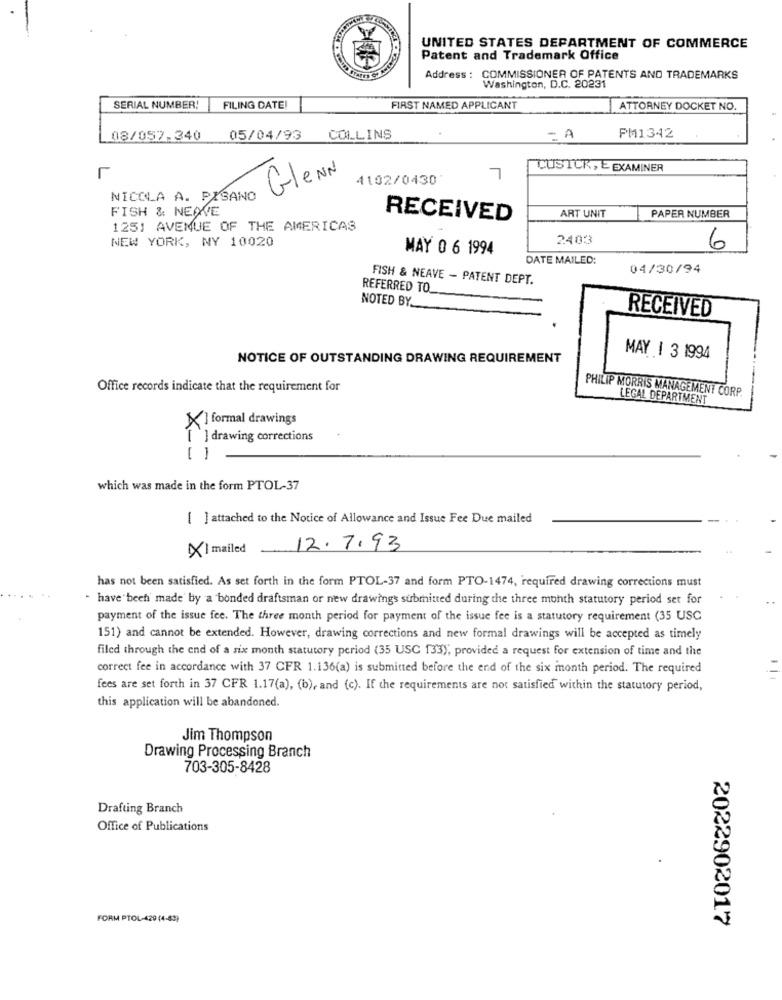
UNITED STATES DEPARTMENT OF COMMERCE
Patent and Trademark Office
Address : COMMISSIONER OF PATENTS AND TRADEMARKS
Washington, D.C. 20231
SERIAL NUMBER!
FILING DATE!
FIRST NAMED APPLICANT
ATTORNEY DOCKET NO.
08/057.340
05/04/93 COLLINS
= A
PM1342
CUSTCR, E EXAMINER
r
GleN'
4102/0430"
7
NICOLA A. PISANO
FISH & NEAVE
RECEIVED
ART UNIT
PAPER NUMBER
1251 AVENUE OF THE AMERICAS
NEW YORK, NY 10020
2403
MAY 0 6 1994
6
DATE MAILED:
04/30/94
FISH & NEAVE - PATENT DEPT.
REFERRED TO
NOTED BY.
RECEIVED
NOTICE OF OUTSTANDING DRAWING REQUIREMENT
MAY | 3 1994
Office records indicate that the requirement for
PHILIP MORRIS MANAGEMENT CORP.
LEGAL DEPARTMENT
X] formal drawings
[ ] drawing corrections
which was made in the form PTOL-37
[ ] attached to the Notice of Allowance and Issue Fee Due mailed
XI mailed
12. 7.93
has not been satisfied. As set forth in the form PTOL-37 and form PTO-1474, required drawing corrections must
- have been made by a bonded draftsman or new drawings submitted during the three month statutory period set for
payment of the issue fee. The three month period for payment of the issue fee is a statutory requirement (35 USC
151) and cannot be extended. However, drawing corrections and new formal drawings will be accepted as timely
filed through the end of a six month statutory period (35 USC 133), provided a request for extension of time and the
correct fee in accordance with 37 CFR 1.136(a) is submitted before the end of the six month period. The required
fees are set forth in 37 CFR 1.17(a), (b), and (c). If the requirements are not satisfied within the statutory period,
this application will be abandoned.
Jim Thompson
Drawing Processing Branch
703-305-8428
Drafting Branch
Office of Publications
FORM PTOL-429 (4-43)
2022902017